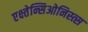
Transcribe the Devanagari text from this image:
एक्ष्तेन्सिओनिस्त्स